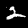
Digit: 2